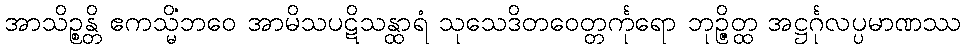
အာသိဉ္စန္တိ ဧကသ္မိံဘဝေ အာမိသပဋိသန္ထာရံ သုသေဒိတဝေတ္တင်္ကုရော ဘုဉ္ဇိတ္ထ အဋ္ဌင်္ဂုလပ္ပမာဏဿ